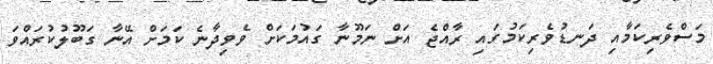
މަސްވެރިކަމާއި ދަނޑުވެރިކަމުގައި ރާއްޖެ އަށް ނަމޫނާ ގައުމަކަށް ވެވިދާނެ ކަމަށް އޭނާ ގަބޫލުކުރައްވަ